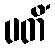
ပတိံ